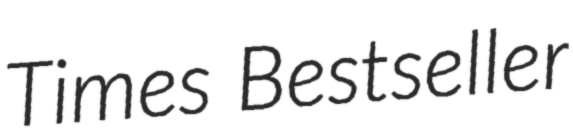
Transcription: Times Bestseller